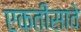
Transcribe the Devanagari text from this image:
एकतीसावे